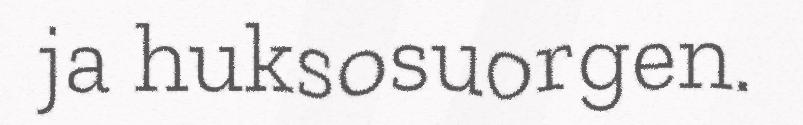
ja huksosuorgen.